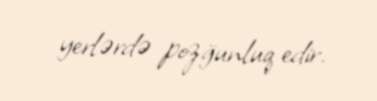
yerlərdə pozğunluq edir.